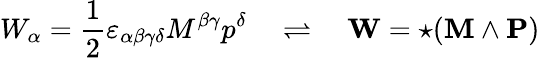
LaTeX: W_{\alpha}={\frac{1}{2}}\varepsilon_{\alpha\beta\gamma\delta}M^{\beta\gamma}p^{\delta}\quad\rightleftharpoons\quad\mathbf{W}=\star(\mathbf{M}\wedge\mathbf{P})